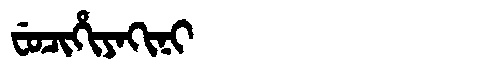
Manchu: ᠸᡠᠴᡳᡥᡳᠶᠠᡴᡳᠨᡳ
Romanization: FUCIHIYAKINI